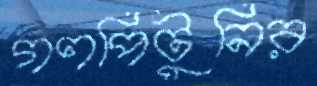
গণপিটুনির